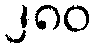
၂၈၀